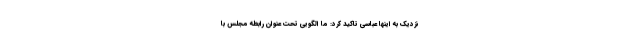
نزدیک به اینها عباسی تاکید کرد: ما الگویی تحت عنوان رابطه مجلس با